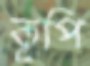
কূপি